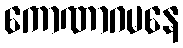
ကောဏာဂမနေ